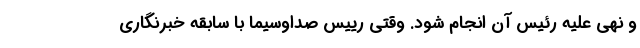
و نهی علیه رئیس آن انجام شود. وقتی رییس صداوسیما با سابقه خبرنگاری